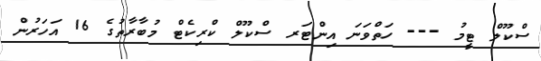
ސްކޫލް ޓީމު --- ހަތްވަނަ އިންޓަރ ސްކޫލް ކްރިކެޓް މުބާރާތުގެ 16 އަހަރުން